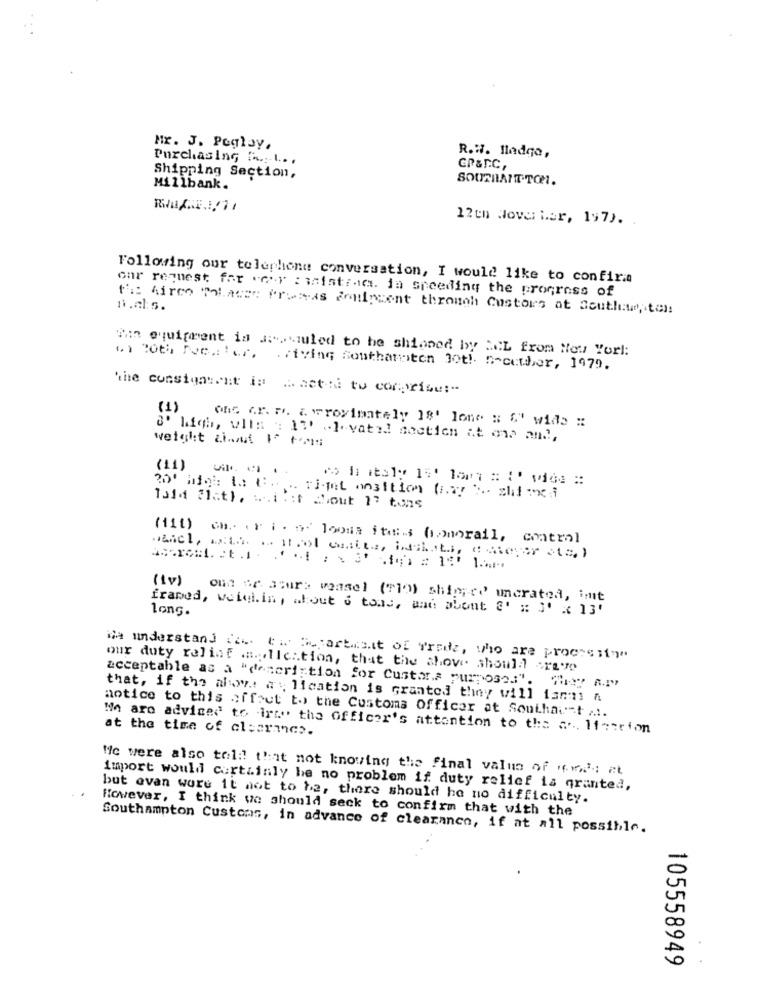
Mr. J. Poglay,
Purchasing f ....... .
R.W. Hladgo,
GR&RC,
Shipping Section,
SOUTHANT.TOM.
Millbank.
12en Wover her, 197).
Following our telephone conversation, I would like to confirm
Gar request for veer : wistrad. in speeding the progress of
n.als.
f'i: Airco Tolaces fresas anniincent through Custors at Southat ,. tel:
ihn equipment is Javiuled to he shianed by MCL from New Yorl:
1) 20th Recaler, Driving Southaniston not! Receber, 1979.
the consignment is Aattal to comprise:"
(1)
(h5 (r. m. & wroyimately 18' lone : S' wide :
weight about 1º tos
S' high, ulis : 17' .]-vatel noctien at one and,
(11)
20' high to E. .. Tiget ansition (z)) ). zbilinci
Told flat), w.i : : t Mout 17 tons
(11t) ch. or i . o looma ita:s (amorail, control
(Iv) ont ar acura weasel ("10) shipped uncrated, int
framed, weigh.in, about 6 tous, mad about ?' : 3 x 13'
long.
Me understand it. twe Department of frade, who are processie
our duty reling medication, that the shove should creve
acceptable as a "description for Custor.s purpose3". ""ry a.p
that, if the alowy .: a : lication is Granted they will ians n
notice to this offset to the Customs Officer at Southaust ....
No aro advised to ire" the Officer's attention to the a .. 11etrion
at the time of clearance.
Me were also tel :! that not knowing the final value of «was at
Import would certainly be no problem if duty relief is granted,
but evan wore it not to be, there should he no difficulty.
However, I think we should seck to confirm that with the
Southampton Customs, in advance of clearance, if at all possible.
105558949